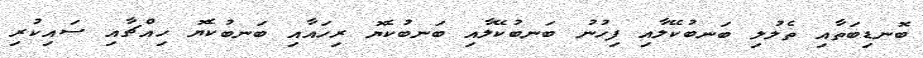
ބޮނޑިބަތާއި ތެލުލި ބަނބުކޭލާއި ފިހުނު ބަނބުކޭލާއި ބަނބުކެޔޮ ރިހައާއި ބަނބުކެޔޮ ހިއްޗާއި ސައިކުރި